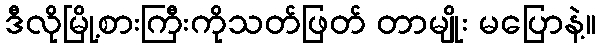
ဒီလိုမြို့စားကြီးကိုသတ်ဖြတ် တာမျိုး မပြောနဲ့။